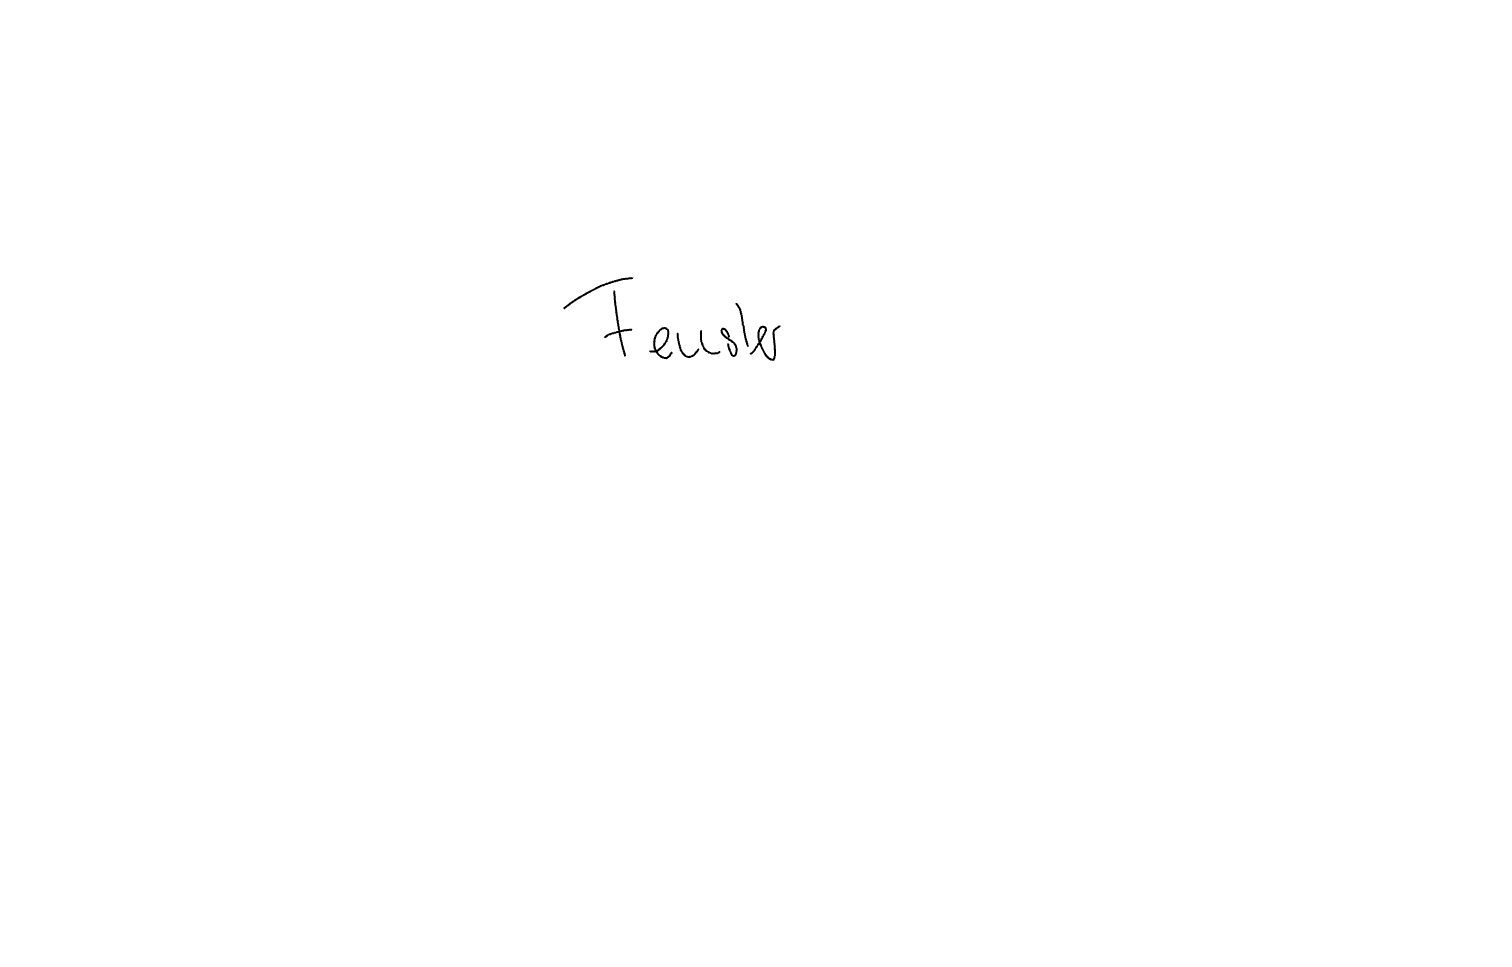
Text: Fenster